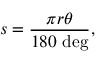
s = { \frac { \pi r \theta } { 1 8 0 \ { \mathrm { d e g } } } } ,